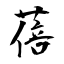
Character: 蓓